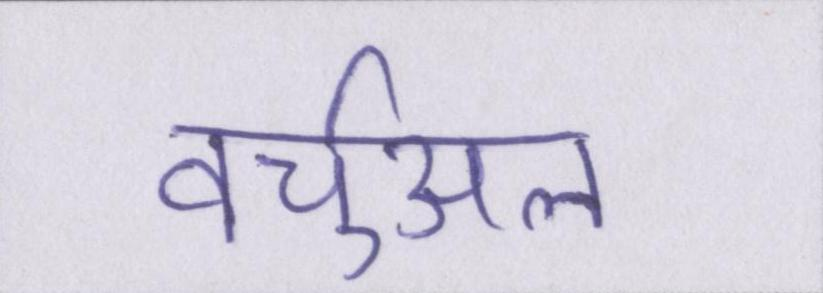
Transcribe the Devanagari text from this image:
वर्चुअल